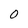
Character: 0